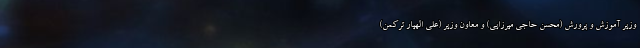
وزیر آموزش و پرورش (محسن حاجی میرزایی) و معاون وزیر (علی الهیار ترکمن)